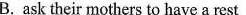
B.ask their mothers to have a rest